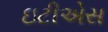
ઇટીએસ